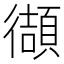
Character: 𫹧